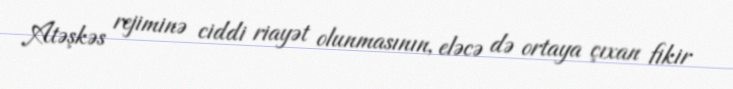
Atəşkəs rejiminə ciddi riayət olunmasının, eləcə də ortaya çıxan fikir